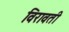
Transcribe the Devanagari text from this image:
विरावती